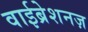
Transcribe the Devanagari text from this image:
वाईब्रेशनज़